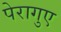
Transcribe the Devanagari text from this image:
पेरागुए